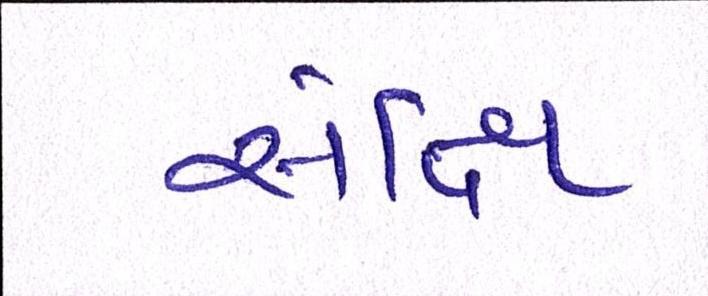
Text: સંક્ષિ